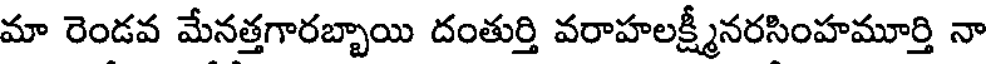
మా రెండవ మేనత్తగారబ్బాయి దంతుర్తి వరాహలక్ష్మీనరసింహమూర్తి నా